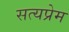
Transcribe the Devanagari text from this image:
सत्यप्रेम